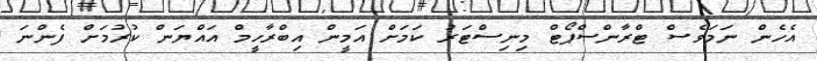
އެހެން ނަމަވެސް ޓްރާންސްޕޯޓް މިނިސްޓަރު ކަމަށް އަމީން އިބްރާހީމް އައްޔަން ކުރުމަށް ފެންނަ